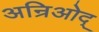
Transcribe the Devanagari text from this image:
अन्रिओद्